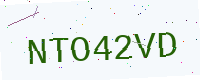
Text: NTO42VD